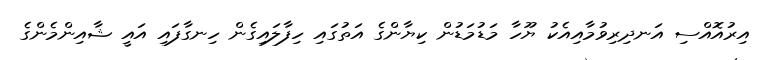
އިރުއޮއްސި އަނދިރިވުމާއިއެކު ޔޫހާ މަޑުމަޑުން ކިޔާންގެ އަތުގައި ހިފާލައިގެން ހިނގާފައި އައީ ޝާއިންމެންގެ